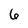
Character: 6